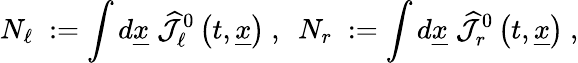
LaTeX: N_{\ell}\; :=\int d\underline{{{x}}}\; \widehat{{\mathcal J}}_{\ell}^{0}\left(t,\underline{{{x}}}\right)~,~~N_{r}\; :=\int d\underline{{{x}}}\; \widehat{{\mathcal J}}_{r}^{0}\left(t,\underline{{{x}}}\right)~,